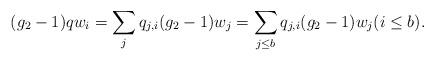
LaTeX: \begin{align*}(g_2-1)qw_i=\sum_jq_{j,i}(g_2-1)w_j=\sum_{j\leq b}q_{j,i}(g_2-1)w_j (i\leq b).\end{align*}